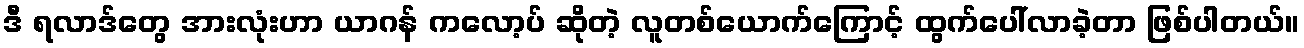
ဒီ ရလာဒ်တွေ အားလုံးဟာ ယာဂန် ကလော့ပ် ဆိုတဲ့ လူတစ်ယောက်ကြောင့် ထွက်ပေါ်လာခဲ့တာ ဖြစ်ပါတယ်။